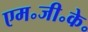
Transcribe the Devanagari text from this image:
एम॰जी॰के॰